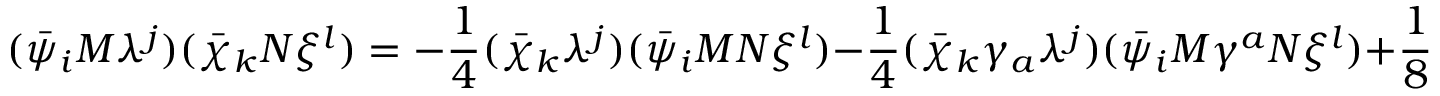
( \bar { \psi } _ { i } M \lambda ^ { j } ) ( \bar { \chi } _ { k } N \xi ^ { l } ) = - \frac { 1 } { 4 } ( \bar { \chi } _ { k } \lambda ^ { j } ) ( \bar { \psi } _ { i } M N \xi ^ { l } ) - \frac { 1 } { 4 } ( \bar { \chi } _ { k } \gamma _ { a } \lambda ^ { j } ) ( \bar { \psi } _ { i } M \gamma ^ { a } N \xi ^ { l } ) + \frac { 1 } { 8 } ( \bar { \chi } _ { k } \gamma _ { a b } \lambda ^ { j } ) ( \bar { \psi } _ { i } M \gamma ^ { a b } N \xi ^ { l } ) ,